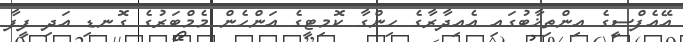
އޭއެފްސީގެ އިންތިޚާބުގައި އެއިދާރާގެ ހިންގާ ކޮމިޓީގެ އަންހެން މެމްބަރުގެ ގޮނޑި އަދި ފީފާ